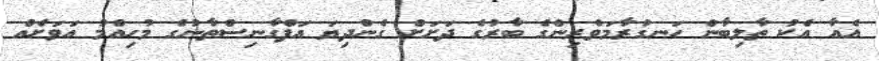
އެއާ އެކު ތާލިބާން ހަނގުރާމަވެރިންގެ ބާރުގެ ދަށަށް ގެންދިޔަ އަފްގާނިސްތާނުގެ މުހިއްމު އަވަށެއް